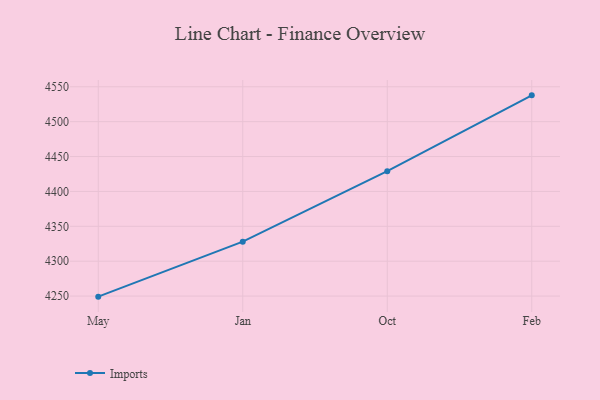
{"axis": {"x": "Month", "y": "Net Income (USD K)"}, "legend": ["Imports"], "data": [{"x": "May", "y": 4249.2, "type": "Imports"}, {"x": "Jan", "y": 4328.0, "type": "Imports"}, {"x": "Oct", "y": 4429.0, "type": "Imports"}, {"x": "Feb", "y": 4537.7, "type": "Imports"}]}